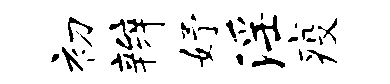
初辫妤淫疫